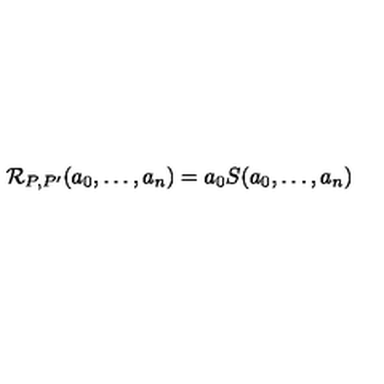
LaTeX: { \mathcal R } _ { P , P ^ { \prime } } ( a _ { 0 } , \ldots , a _ { n } ) = a _ { 0 } S ( a _ { 0 } , \dots , a _ { n } )